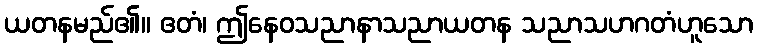
ယတနမည်၏။ ဧတံ၊ ဤနေဝသညာနာသညာယတန သညာသဟဂတံဟူသော